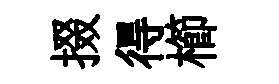
掇得櫛